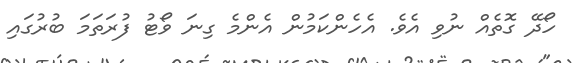
ހޯދޭ ގޮތެއް ނުވި އެވެ. އެހެންކަމުން އެންމެ ގިނަ ވޯޓު ފުރަތަމަ ބުރުގައި